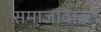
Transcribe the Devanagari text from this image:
समाजाबाबत